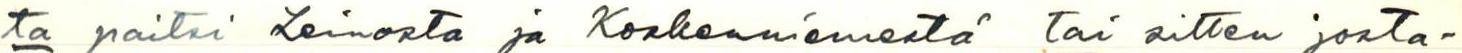
ta paitsi Leinosta ja Koskenniemestä tai sitten josta-